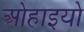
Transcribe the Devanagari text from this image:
ओहाइयो